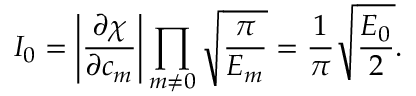
I _ { 0 } = \left| \frac { \partial \chi } { \partial c _ { m } } \right| \prod _ { m \neq 0 } \sqrt { \frac { \pi } { E _ { m } } } = \frac { 1 } { \pi } \sqrt { \frac { E _ { 0 } } { 2 } } .